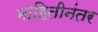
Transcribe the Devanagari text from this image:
माहितीनंतर